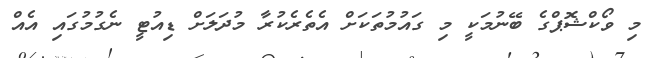
މި ވޯކްޝޮޕްގެ ބޭނުމަކީ މި ގައުމުތަކަށް އެތެރެކުރާ މުދަލަށް ޑިއުޓީ ނެގުމުގައި އެއް